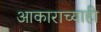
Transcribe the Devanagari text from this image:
आकाराच्याही